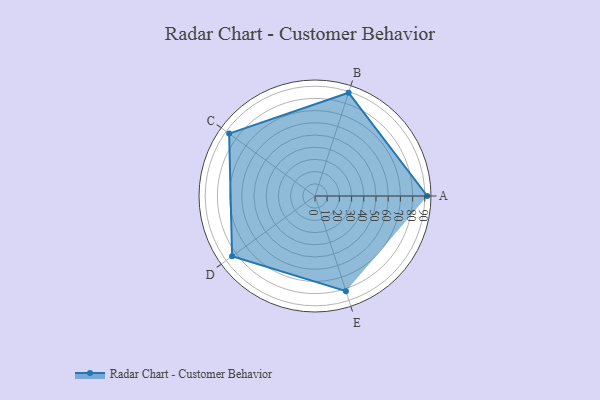
{"axis": {"x": "Skill", "y": "Score"}, "legend": ["Profile"], "data": [{"x": "A", "y": 92.0, "type": "Profile"}, {"x": "B", "y": 89.0, "type": "Profile"}, {"x": "C", "y": 87.0, "type": "Profile"}, {"x": "D", "y": 84.0, "type": "Profile"}, {"x": "E", "y": 82.0, "type": "Profile"}]}